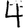
Digit: 4